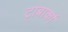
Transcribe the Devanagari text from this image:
टाबार्का